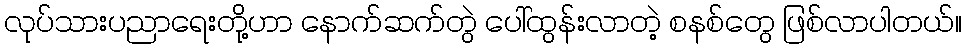
လုပ်သားပညာရေးတို့ဟာ နောက်ဆက်တွဲ ပေါ်ထွန်းလာတဲ့ စနစ်တွေ ဖြစ်လာပါတယ်။